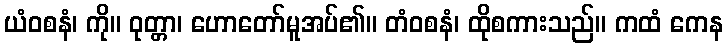
ယံဝစနံ၊ ကို။ ဝုတ္တာ၊ ဟောတော်မူအပ်၏။ တံဝစနံ၊ ထိုစကားသည်။ ကထံ ကေန